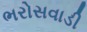
ભરોસવાડી